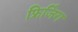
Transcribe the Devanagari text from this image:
फ्रिजिंग